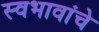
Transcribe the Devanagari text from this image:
स्वभावांचे